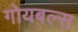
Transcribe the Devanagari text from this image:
गोयबल्स